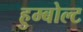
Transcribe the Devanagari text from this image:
हुम्बोल्ट